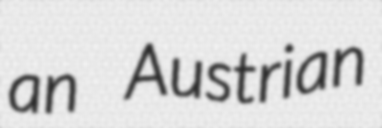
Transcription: an Austrian